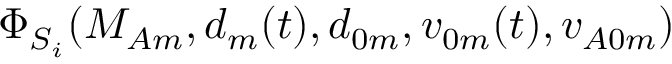
\Phi _ { S _ { i } } ( M _ { A m } , d _ { m } ( t ) , d _ { 0 m } , v _ { 0 m } ( t ) , v _ { A 0 m } )